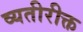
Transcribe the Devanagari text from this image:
व्यतीरीक्त